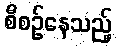
စီစဉ်နေသည့်